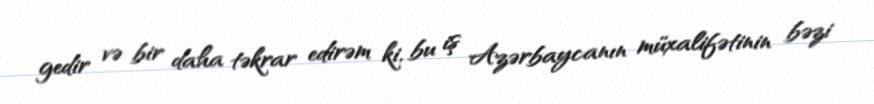
gedir və bir daha təkrar edirəm ki, bu iş Azərbaycanın müxalifətinin bəzi